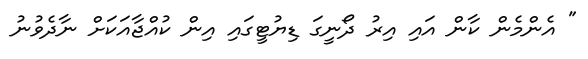
" އެންމެން ކާން އައި އިރު ދޯނީގަ ޑިޔުޓީގައި އިން ކުއްޖާއަކަށް ނާދެވުނު